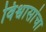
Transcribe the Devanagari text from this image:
विश्वासांचा